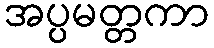
အပ္ပမတ္တကာ